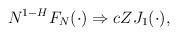
LaTeX: \begin{align*}N^{1-H} F_N(\cdot) \Rightarrow cZ J_1(\cdot),\end{align*}